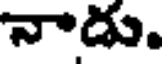
నాడు.